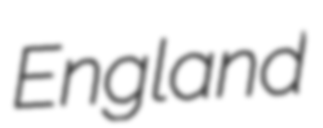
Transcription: England